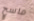
ماسح